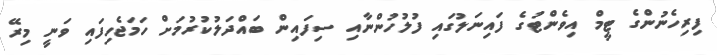
ފިރިހެނުންގެ ޓީމް އިވެންޓުގެ ފައިނަލުގައި ފުލުހުންނާއި ސިފައިން ބައްދަލުކުރުމަށް ހަމަޖެހިފައި ވަނީ މިރޭ